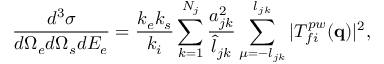
\frac { d ^ { 3 } \sigma } { d \Omega _ { e } d \Omega _ { s } d E _ { e } } = \frac { k _ { e } k _ { s } } { k _ { i } } \sum _ { k = 1 } ^ { N _ { j } } \frac { a _ { j k } ^ { 2 } } { \hat { l } _ { j k } } \sum _ { \mu = - l _ { j k } } ^ { l _ { j k } } | T _ { f i } ^ { p w } ( \mathbf { q } ) | ^ { 2 } ,